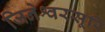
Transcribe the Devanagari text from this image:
जिनेश्वरसूरि